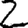
Digit: 2